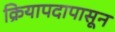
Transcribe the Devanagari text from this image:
क्रियापदापासून